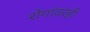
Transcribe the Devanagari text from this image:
रोगांवरही